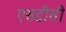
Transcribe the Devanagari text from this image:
एसडीसी